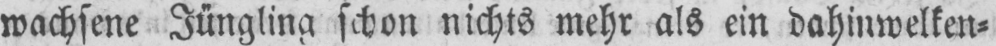
wachsene Jüngling schon nichts mehr als ein dahinwelken⸗